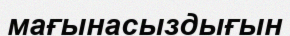
мағынасыздығын